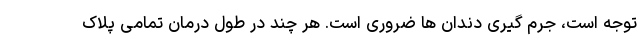
توجه است، جرم گیری دندان ها ضروری است. هر چند در طول درمان تمامی پلاک